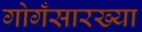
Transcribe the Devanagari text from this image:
गोगँसारख्या